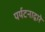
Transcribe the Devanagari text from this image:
पर्यटनाद्वारे